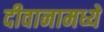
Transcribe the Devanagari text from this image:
दीवानामध्ये